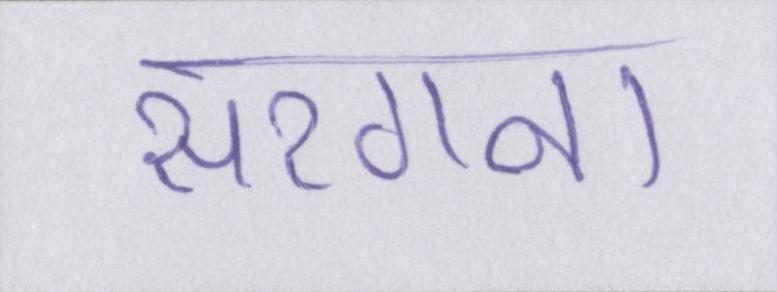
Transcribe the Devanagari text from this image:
सरगना